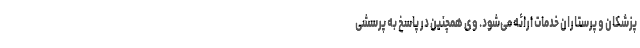
پزشکان و پرستاران خدمات ارائه می‌شود. وی همچنین در پاسخ به پرسشی